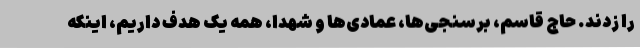
را زدند. حاج قاسم، برسنجی‌ها، عمادی‌ها و شهدا، همه یک هدف داریم، اینکه